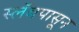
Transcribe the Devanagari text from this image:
स्लॅबपासून